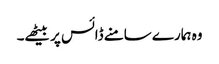
وہ ہمارے سامنے ڈائس پر بیٹھے۔